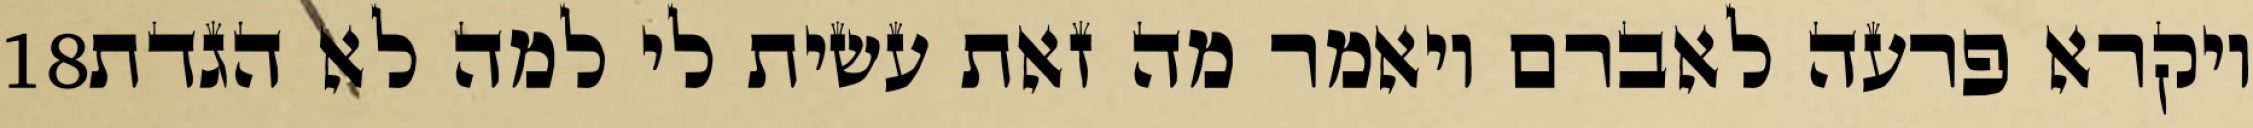
‎18‏ ויקרא פרעה לאברם ויאמר מה זאת עשית לי למה לא הגדת